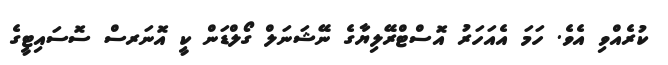
ކުރެއްވި އެވެ. ހަމަ އެއަހަރު އޮސްޓްރޭލިޔާގެ ނޭޝަނަލް ގޯލްޑަން ކީ އޮނަރސް ސޮސައިޓީގެ